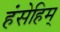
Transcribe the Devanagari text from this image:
हंसेहिम्‌